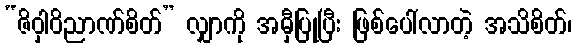
“ဇိဝှါဝိညာဏ်စိတ်” လျှာကို အမှီပြုပြီး ဖြစ်ပေါ်လာတဲ့ အသိစိတ်၊